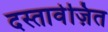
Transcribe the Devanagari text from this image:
दस्तावेज़ित